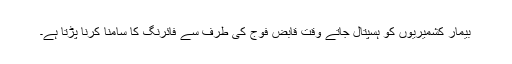
بیمار کشمیریوں کو ہسپتال جاتے وقت قابض فوج کی طرف سے فائرنگ کا سامنا کرنا پڑتا ہے۔